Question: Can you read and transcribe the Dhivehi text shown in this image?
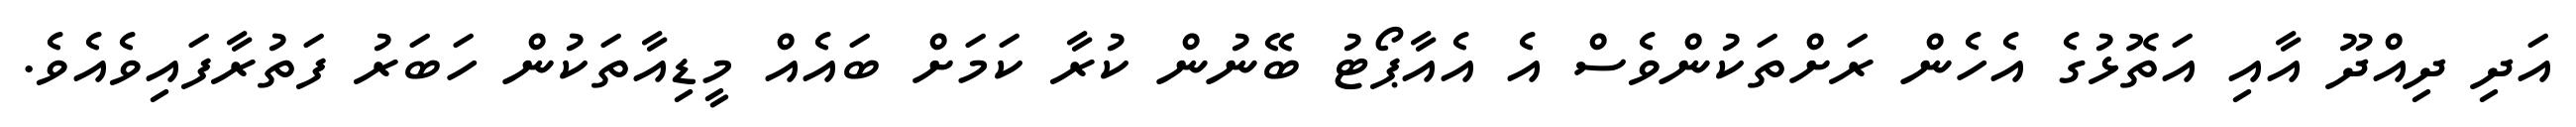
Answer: އަދި ދިއްދޫ އާއި އަތޮޅުގެ އެހެން ރަށްތަކުންވެސް އެ އެއާޕޯޓު ބޭނުން ކުރާ ކަމަށް ބައެއް މީޑިއާތަކުން ހަބަރު ފަތުރާފައިވެއެވެ.